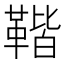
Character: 𩋧